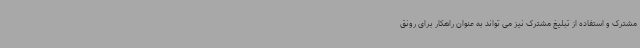
مشترک و استفاده از تبلیغ مشترک نیز می تواند به عنوان راهکار برای رونق